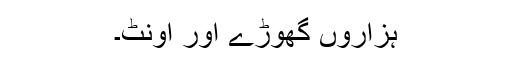
ہزاروں گھوڑے اور اونٹ۔